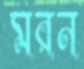
মরন